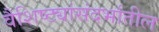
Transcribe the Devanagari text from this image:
वैशिष्ट्यांसंदर्भातील